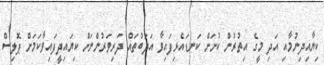
ކިޔާއިދިނުމާއި އަދި މީގެ އިތުރުން ކުށަށް ކަނޑައެޅިފައިވާ އަދަބުތައް ދަރިވަރުންނަށް ކިޔައިދީފައިވާކަމަށް ޕޮލިސް